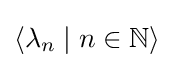
\langle \lambda _{n}\mid n\in \mathbb {N} \rangle